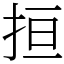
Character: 𢬎